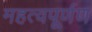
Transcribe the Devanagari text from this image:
महत्वपूर्णण